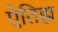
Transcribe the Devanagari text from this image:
ऐतिह्म